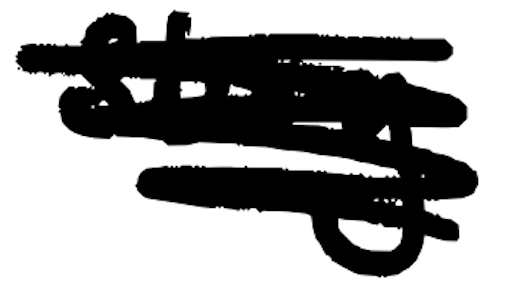
Text: story
Cross-out: scratch
Writing tool: digital_black